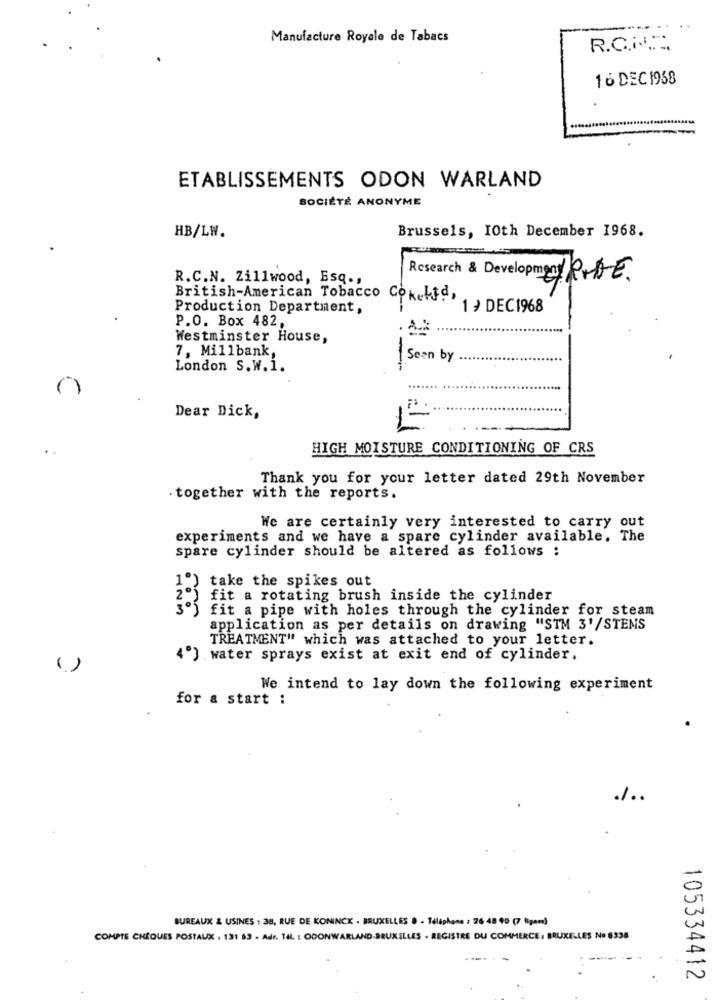
Manufacture Royale de Tabacs
R.C.I .:
16 DEC 1958
ETABLISSEMENTS ODON WARLAND
SOCIÉTÉ ANONYME
HB/LW.
Brussels, 10th December 1968.
R.C.N. Zillwood, Esq .,
Research & Development DE.
British-American Tobacco CokeLtd,
Production Department,
1 } DEC1968
P.O. Box 482,
Westminster House,
7, Millbank,
Seen by
London S. W. 1.
-
Dear Dick,
..
HIGH MOISTURE CONDITIONING OF CRS
Thank you for your letter dated 29th November
. together with the reports.
We are certainly very interested to carry out
experiments and we have a spare cylinder available. The
spare cylinder should be altered as follows :
take the spikes out
fit a rotating brush inside the cylinder
fit a pipe with holes through the cylinder for steam
application as per details on drawing "STM 3'/STEMS
TREATMENT" which was attached to your letter.
4º) water sprays exist at exit end of cylinder.
()
We intend to lay down the following experiment
for a start :
1.
BUREAUX & USINES : 38, RUE DE KONINCK . BRUXELLES . - Téléphone : 26 48 90 (7 ligan)
COMPTE CHÈQUES POSTAUX . 131 63 - Adr. 14. : ODONWARLAND.BRUXELLES - REGISTRE DU COMMERCE, BRUXELLES No 0336
105334412